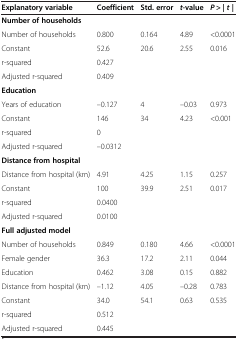
<table><thead><tr><td><b>Explanatory variable</b></td><td><b>Coefficient</b></td><td><b>Std. error</b></td><td><b><i>t</i>-value</b></td><td><b><i>P</i> &gt; | <i>t </i>|</b></td></tr></thead><tbody><tr><td><b>Number of households</b></td><td> </td><td> </td><td> </td><td> </td></tr><tr><td>Number of households</td><td>0.800</td><td>0.164</td><td>4.89</td><td>&lt;0.0001</td></tr><tr><td>Constant</td><td>52.6</td><td>20.6</td><td>2.55</td><td>0.016</td></tr><tr><td>r-squared</td><td>0.427</td><td> </td><td> </td><td> </td></tr><tr><td>Adjusted r-squared</td><td>0.409</td><td> </td><td> </td><td> </td></tr><tr><td><b>Education</b></td><td> </td><td> </td><td> </td><td> </td></tr><tr><td>Years of education</td><td>–0.127</td><td>4</td><td>–0.03</td><td>0.973</td></tr><tr><td>Constant</td><td>146</td><td>34</td><td>4.23</td><td>&lt;0.001</td></tr><tr><td>r-squared</td><td>0</td><td> </td><td> </td><td> </td></tr><tr><td>Adjusted r-squared</td><td>–0.0312</td><td> </td><td> </td><td> </td></tr><tr><td><b>Distance from hospital</b></td><td> </td><td> </td><td> </td><td> </td></tr><tr><td>Distance from hospital (km)</td><td>4.91</td><td>4.25</td><td>1.15</td><td>0.257</td></tr><tr><td>Constant</td><td>100</td><td>39.9</td><td>2.51</td><td>0.017</td></tr><tr><td>r-squared</td><td>0.0400</td><td> </td><td> </td><td> </td></tr><tr><td>Adjusted r-squared</td><td>0.0100</td><td> </td><td> </td><td> </td></tr><tr><td><b>Full adjusted model</b></td><td> </td><td> </td><td> </td><td> </td></tr><tr><td>Number of households</td><td>0.849</td><td>0.180</td><td>4.66</td><td>&lt;0.0001</td></tr><tr><td>Female gender</td><td>36.3</td><td>17.2</td><td>2.11</td><td>0.044</td></tr><tr><td>Education</td><td>0.462</td><td>3.08</td><td>0.15</td><td>0.882</td></tr><tr><td>Distance from hospital (km)</td><td>–1.12</td><td>4.05</td><td>–0.28</td><td>0.783</td></tr><tr><td>Constant</td><td>34.0</td><td>54.1</td><td>0.63</td><td>0.535</td></tr><tr><td>r-squared</td><td>0.512</td><td> </td><td> </td><td> </td></tr><tr><td>Adjusted r-squared</td><td>0.445</td><td> </td><td> </td><td> </td></tr></tbody></table>